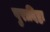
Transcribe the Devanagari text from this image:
पुरादिष्टः